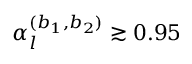
\alpha _ { l } ^ { ( b _ { 1 } , b _ { 2 } ) } \gtrsim 0 . 9 5